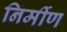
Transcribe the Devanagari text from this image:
निर्मीण